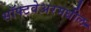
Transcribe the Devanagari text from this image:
सॉफ्टवेअरमधील